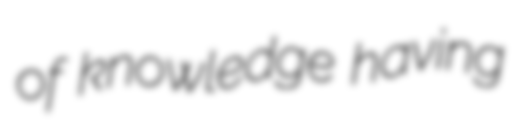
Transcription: of knowledge having